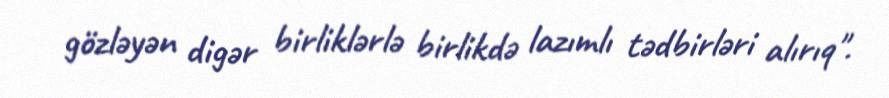
gözləyən digər birliklərlə birlikdə lazımlı tədbirləri alırıq".